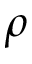
\rho